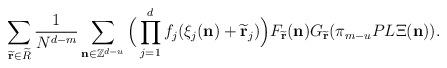
LaTeX: \begin{align*}\sum\limits_{\widetilde{\mathbf{r}} \in \widetilde{R}}\frac{1}{N^{d-m}} \sum\limits_{\mathbf{n} \in \mathbb{Z}^{d-u}} \Big(\prod\limits_{j=1}^d f_j(\xi_j(\mathbf{n}) + \widetilde{\mathbf{r}}_j) \Big)F_{\widetilde{\mathbf{r}}}(\mathbf{n})G_{\widetilde{\mathbf{r}}}( \pi_{m-u} PL\Xi(\mathbf{n})).\end{align*}